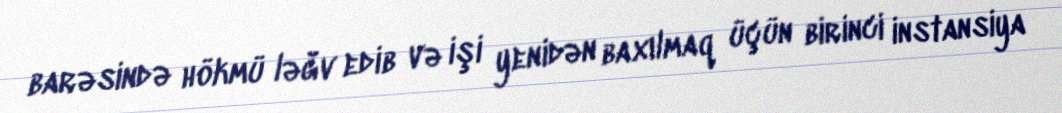
barəsində hökmü ləğv edib və işi yenidən baxılmaq üçün birinci instansiya